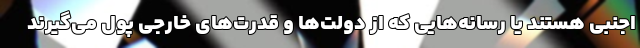
اجنبی هستند یا رسانه‌هایی که از دولت‌ها و قدرت‌های خارجی پول می‌گیرند